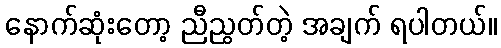
နောက်ဆုံးတော့ ညီညွတ်တဲ့ အချက် ရပါတယ်။